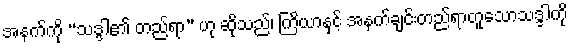
အနက်ကို “သဒ္ဒါ၏ တည်ရာ” ဟု ဆိုသည်၊ ကြိယာနှင့် အနက်ချင်းတည်ရာတူသောသဒ္ဒါကို